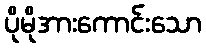
ပိုမိုအားကောင်းသော